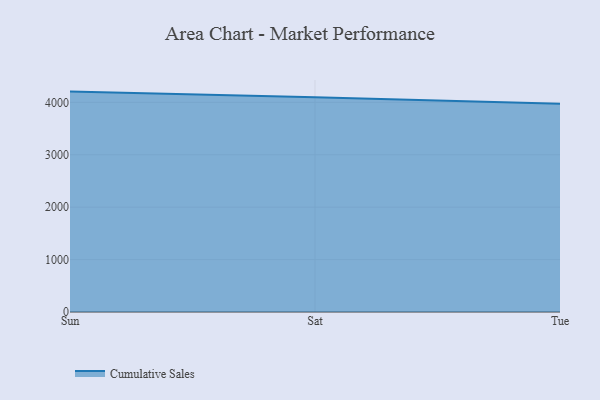
{"axis": {"x": "Day", "y": "Revenue (USD Million)"}, "legend": ["Cumulative Sales"], "data": [{"x": "Sun", "y": 4205.3, "type": "Cumulative Sales"}, {"x": "Sat", "y": 4096.5, "type": "Cumulative Sales"}, {"x": "Tue", "y": 3971.4, "type": "Cumulative Sales"}]}